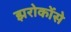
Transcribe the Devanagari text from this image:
झरोकोंसे